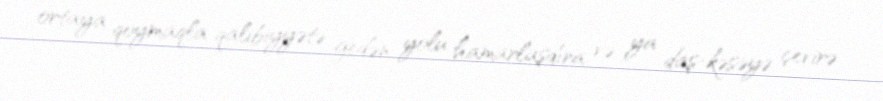
ortaya qoymaqla qalibiyyətə gedən yolu hamarlaşdıra və ya daş-kəsəyə çevirə